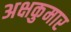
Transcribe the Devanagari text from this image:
अक्षकुमार